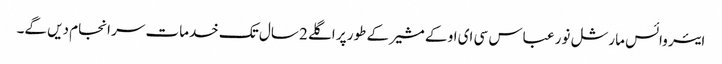
ایئر وائس مارشل نور عباس سی ای او کے مشیر کے طور پر اگلے 2 سال تک خدمات سر انجام دیں گے۔